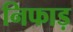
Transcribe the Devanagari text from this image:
निफाड़